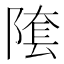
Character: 𨻝